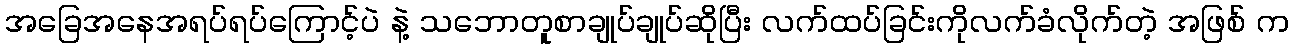
အခြေအနေအရပ်ရပ်ကြောင့်ပဲ နဲ့ သဘောတူစာချုပ်ချုပ်ဆိုပြီး လက်ထပ်ခြင်းကိုလက်ခံလိုက်တဲ့ အဖြစ် က